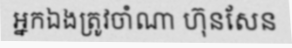
អ្នកឯងត្រូវចាំណា ហ៊ុនសែន